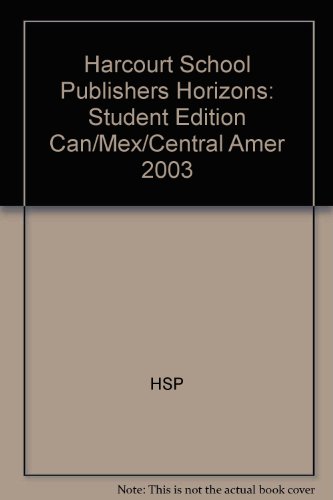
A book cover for Harcourt School Publishers Horizons: Student Edition  Can/Mex/Central Amer 2003; HARCOURT SCHOOL PUBLISHERS; Children's Books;